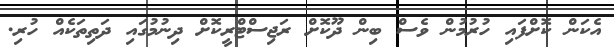
އެކަން ކޮށްފައި ހުރުމުން ވެސް ބިން ދޫކޮށް ރަޖިސްޓްރީކޮށް ދިނުމުގައި ދަތިތަކެއް ހުރި.